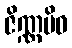
ဇိဏ္ဏမိဝ